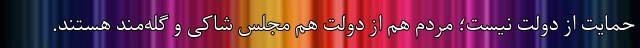
حمایت از دولت نیست؛ مردم هم از دولت هم مجلس شاکی و گله‌مند هستند.